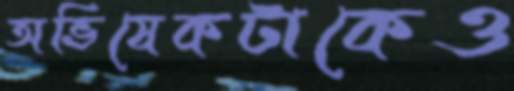
অভিষেকটাকেও